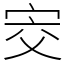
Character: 㝔